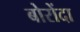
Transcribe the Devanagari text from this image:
बोरोंदा